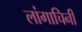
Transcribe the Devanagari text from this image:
लांगाचिनी